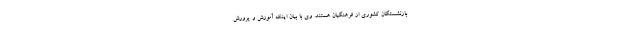
بازنشستگان کشوری از فرهنگیان هستند. وی با بیان اینکه آموزش و پرورش